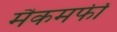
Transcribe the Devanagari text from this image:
मैकमर्फी